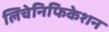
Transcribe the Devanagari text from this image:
लिचेनिफिकेशन